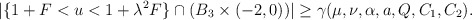
\begin{align*} \begin{aligned} |\{1+F<u<1+\lambda^2F\}\cap(B_3\times(-2,0))|\geq \gamma(\mu,\nu,\alpha,a,Q,C_1,C_2). \end{aligned} \end{align*}